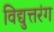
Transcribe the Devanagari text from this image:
विद्युत्तरंग